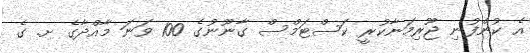
އެ ކުންފުނި ޖޫރިމަނާކުރީ ކަސްޓަމްސް ގާނޫނުގެ 100 ވަނަ މާއްދާގެ ށ. ގެ